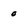
Character: 0